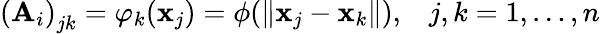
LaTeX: \left(\mathbf{A}_{i}\right)_{jk}=\varphi_{k}(\mathbf{x}_{j})=\phi(\| \mathbf{x}_{j}-\mathbf{x}_{k}\| ),\; \; \; j,k=1,\dots,n